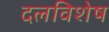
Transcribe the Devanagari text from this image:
दलविशेष